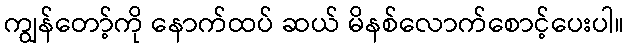
ကျွန်တော့်ကို နောက်ထပ် ဆယ် မိနစ်လောက်စောင့်ပေးပါ။